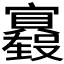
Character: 𫴢